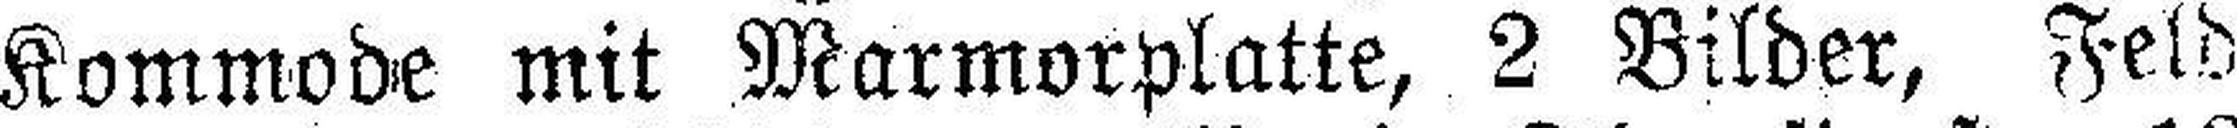
Kommode mit Marmorplatte, 2 Bilder, Feld